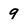
Character: 9